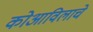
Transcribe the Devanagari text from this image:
कोआविलाचे